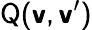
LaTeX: \sf{Q}(\boldsymbol{v},\boldsymbol{v}^{\prime})